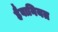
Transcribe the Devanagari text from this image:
हैवानियत